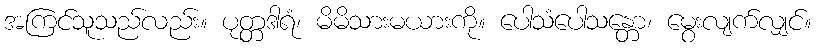
အကြင်သူသည်လည်း။ ပုတ္တဒါရံ၊ မိမိသားမယားကို။ ပေါသံပေါသန္တော၊ မွေးလျက်လျှင်။